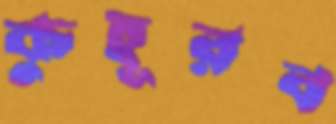
কুহূরব